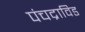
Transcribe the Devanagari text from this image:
पंचद्राविड